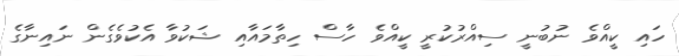
ހައި ކީއްވެ ނުބުނީ ސިއްރުކުރީ ކީއްވެ ހާސް ހިތާމައާއި ޝަކުވާ އެކުވެގެން ނައިނާގެ